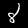
Label: 8